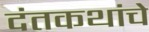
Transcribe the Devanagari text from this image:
दंतकथांचे